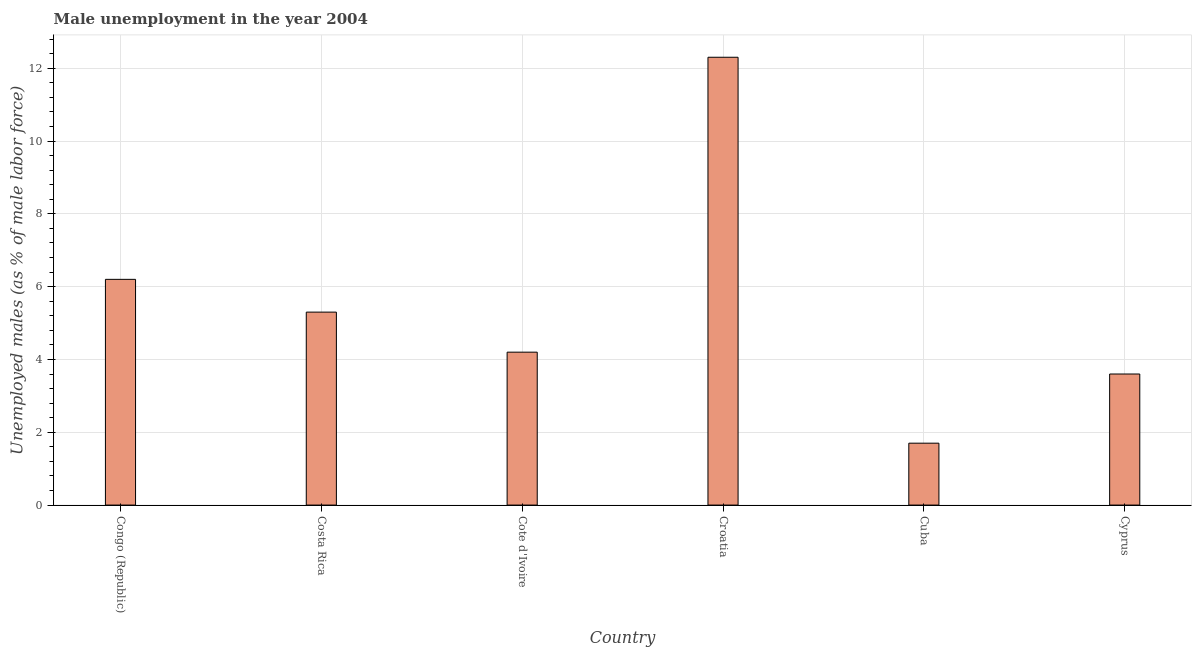
| Country | Unemployment |
 | --- | --- |
 | Congo (Republic) | 6.2 |
 | Costa Rica | 5.3 |
 | Cote d'Ivoire | 4.2 |
 | Croatia | 12.3 |
 | Cuba | 1.7 |
 | Cyprus | 3.6 |